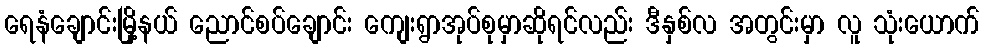
ရေနံချောင်းမြို့နယ် ညောင်စပ်ချောင်း ကျေးရွာအုပ်စုမှာဆိုရင်လည်း ဒီနှစ်လ အတွင်းမှာ လူ သုံးယောက်